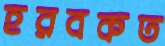
হরবকত